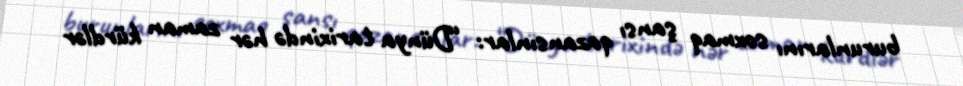
burunlarını soxmaq şansı qazansınlar: “Dünya tarixində hər zaman kürdlər